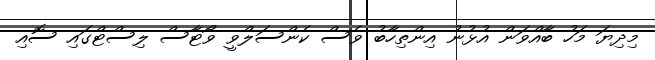
މިދިޔަ މަހު ބާއްވަން އުޅުނު އިންތިހާބު ވެސް ކެންސަލްވީ ވޯޓާސް ލިސްޓްގައި ސޮއި